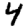
Digit: 4